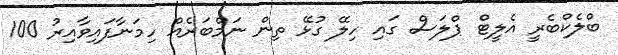
ބްލެކްބެރީ އެލީޓް ޕްލަސް ގައި ހިލޭ ގުޅޭ ތިން ނަމްބަރެއް ހިމަނާފައިވާއިރު 100